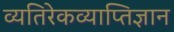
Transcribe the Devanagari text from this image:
व्यतिरेकव्याप्तिज्ञान